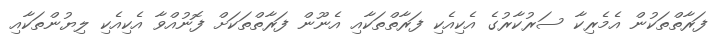
ފަރާތްތަކުން އެމެރިކާ ސަރުކާރުގެ އެކިއެކި ފަރާތްތަކާއި އެނޫން ފަރާތްތަކަށް ފޮނުއްވާ އެކިއެކި ލިޔުންތަކާއި